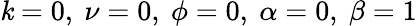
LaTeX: \mathit{k}=0,~\nu=0,~\phi=0,~\alpha=0,~\beta=1